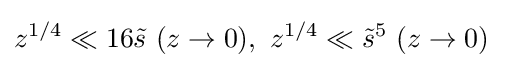
z^{1/4}\ll 16{\tilde {s}}\ (z\to 0),\ z^{1/4}\ll {\tilde {s}}^{5}\ (z\to 0)\